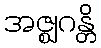
အဇ္ဈဂန္တိ